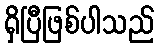
ရှိပြီဖြစ်ပါသည်